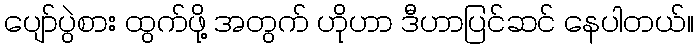
ပျော်ပွဲစား ထွက်ဖို့ အတွက် ဟိုဟာ ဒီဟာပြင်ဆင် နေပါတယ်။